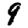
Digit: 9